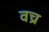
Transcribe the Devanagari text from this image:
वच्र